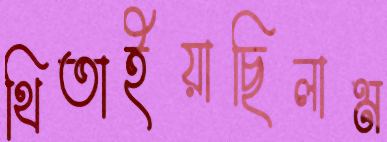
থিতাইয়াছিলাম